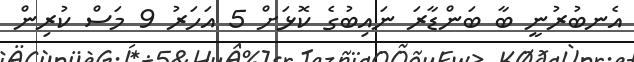
އެނބުރުނީ ބާ ބަންޑާރަ ނައިބުގެ ކޮޅަށް 5 އަހަރު 9 މަސް ކުރިން